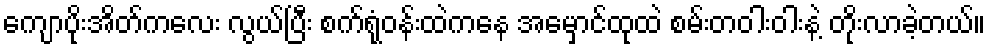
ကျောပိုးအိတ်ကလေး လွယ်ပြီး စက်ရုံဝန်းထဲကနေ အမှောင်ထုထဲ စမ်းတဝါးဝါးနဲ့ တိုးလာခဲ့တယ်။